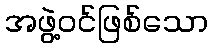
အဖွဲ့ဝင်ဖြစ်သော